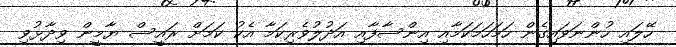
ހޭލައި ހުންނަވައިގެން ހަމަހަމަކަމާއި އިންސާފާއި އަދުލުވެރިކަމާ އެކު ކަމަށް ރައީސް ޔާމީން ވިދާޅުވި